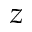
z